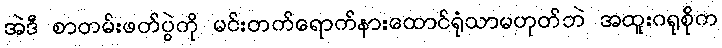
အဲဒီ စာတမ်းဖတ်ပွဲကို မင်းတက်ရောက်နားထောင်ရုံသာမဟုတ်ဘဲ အထူးဂရုစို်က